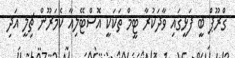
ގްރޫޕް ބީ ފަޅީގައި ވާދަކުރާ ޓީމް ތަކަކީ އޮސްޓޭލިއާ ކެމަރޫން ޗިލީ އަދި